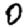
Digit: 0